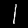
Digit: 1